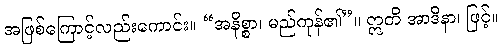
အဖြစ်ကြောင့်လည်းကောင်း။ “အနိစ္စာ၊ မည်ကုန်၏”။ ဣတိ အာဒိနာ၊ ဖြင့်။